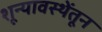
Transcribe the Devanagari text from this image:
शून्यावस्थेंतून